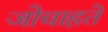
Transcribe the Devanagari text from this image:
जोचाहते